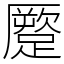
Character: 蹷